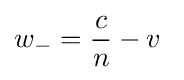
w_{-}={\frac {c}{n}}-v\